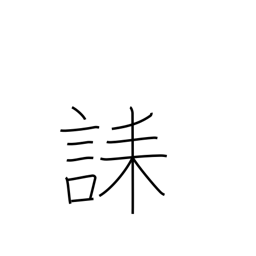
Meaning: condolence message